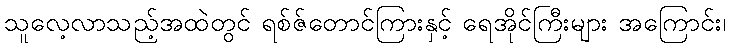
သူလေ့လာသည့်အထဲတွင် ရစ်ဇ်တောင်ကြားနှင့် ရေအိုင်ကြီးများ အကြောင်း၊